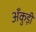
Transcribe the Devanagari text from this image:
अँकुड़ी